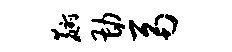
麝勘鬲